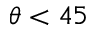
\theta < 4 5